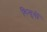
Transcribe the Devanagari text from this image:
बिन्दुवों